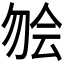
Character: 𫧃